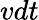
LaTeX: vdt